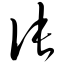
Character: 伥